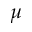
\mu